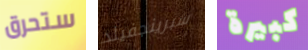
ستحرق سبرينجفيلد كبيرة